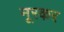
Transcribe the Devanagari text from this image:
नूरकर